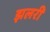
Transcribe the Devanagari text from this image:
झलरी